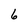
Character: 6